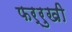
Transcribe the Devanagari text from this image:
फर्रुखी